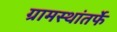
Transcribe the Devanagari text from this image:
ग्रामस्थांतर्फे